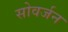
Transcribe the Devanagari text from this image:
सोवर्जन